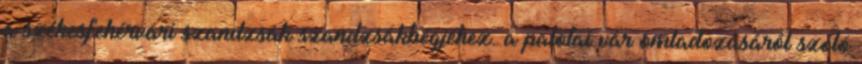
a székesfehérvári szandzsák szandzsákbégjéhez: a palotai vár omladozásáról szóló